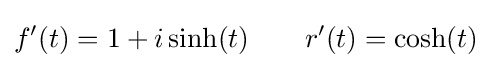
f'(t)=1+i\sinh(t)\qquad r'(t)=\cosh(t)